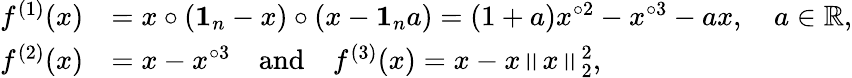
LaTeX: \begin{array}{rl}{f^{(1)}(x)}&{=x\circ(\mathbf 1_{n}-x)\circ(x-\mathbf 1_{n}a)=(1+a)x^{\circ 2}-x^{\circ 3}-ax,\quad a\in\mathbb R,}\\ {f^{(2)}(x)}&{=x-x^{\circ 3}\quad\mathrm{and}\quad f^{(3)}(x)=x-x\left\| x\right\| _{2}^{2},}\end{array}